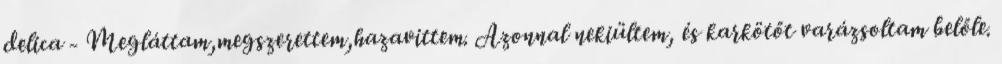
delica - Megláttam,megszerettem,hazavittem. Azonnal nekiültem, és karkötőt varázsoltam belőle.